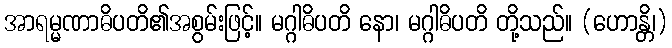
အာရမ္မဏာဓိပတိ၏အစွမ်းဖြင့်။ မဂ္ဂါဓိပတိ နော၊ မဂ္ဂါဓိပတိ တို့သည်။ (ဟောန္တိ၊)